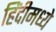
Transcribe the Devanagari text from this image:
हिंंदीमध्ये